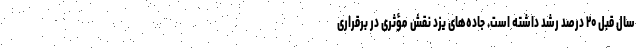
سال قبل ۲۰ درصد رشد داشته است. جاده‌های یزد نقش مؤثری در برقراری